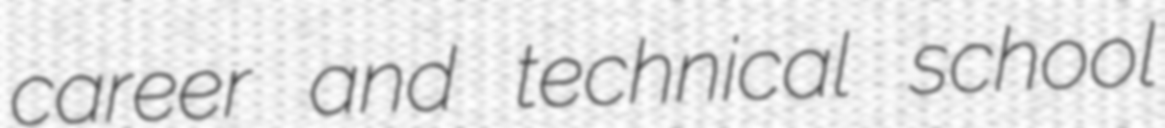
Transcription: career and technical school